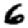
Digit: 6